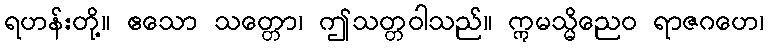
ရဟန်းတို့။ ဧသော သတ္တော၊ ဤသတ္တဝါသည်။ ဣမသ္မိညေဝ ရာဇဂဟေ၊